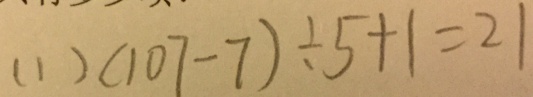
( 1 ) ( 1 0 7 - 7 ) \div 5 + 1 = 2 1